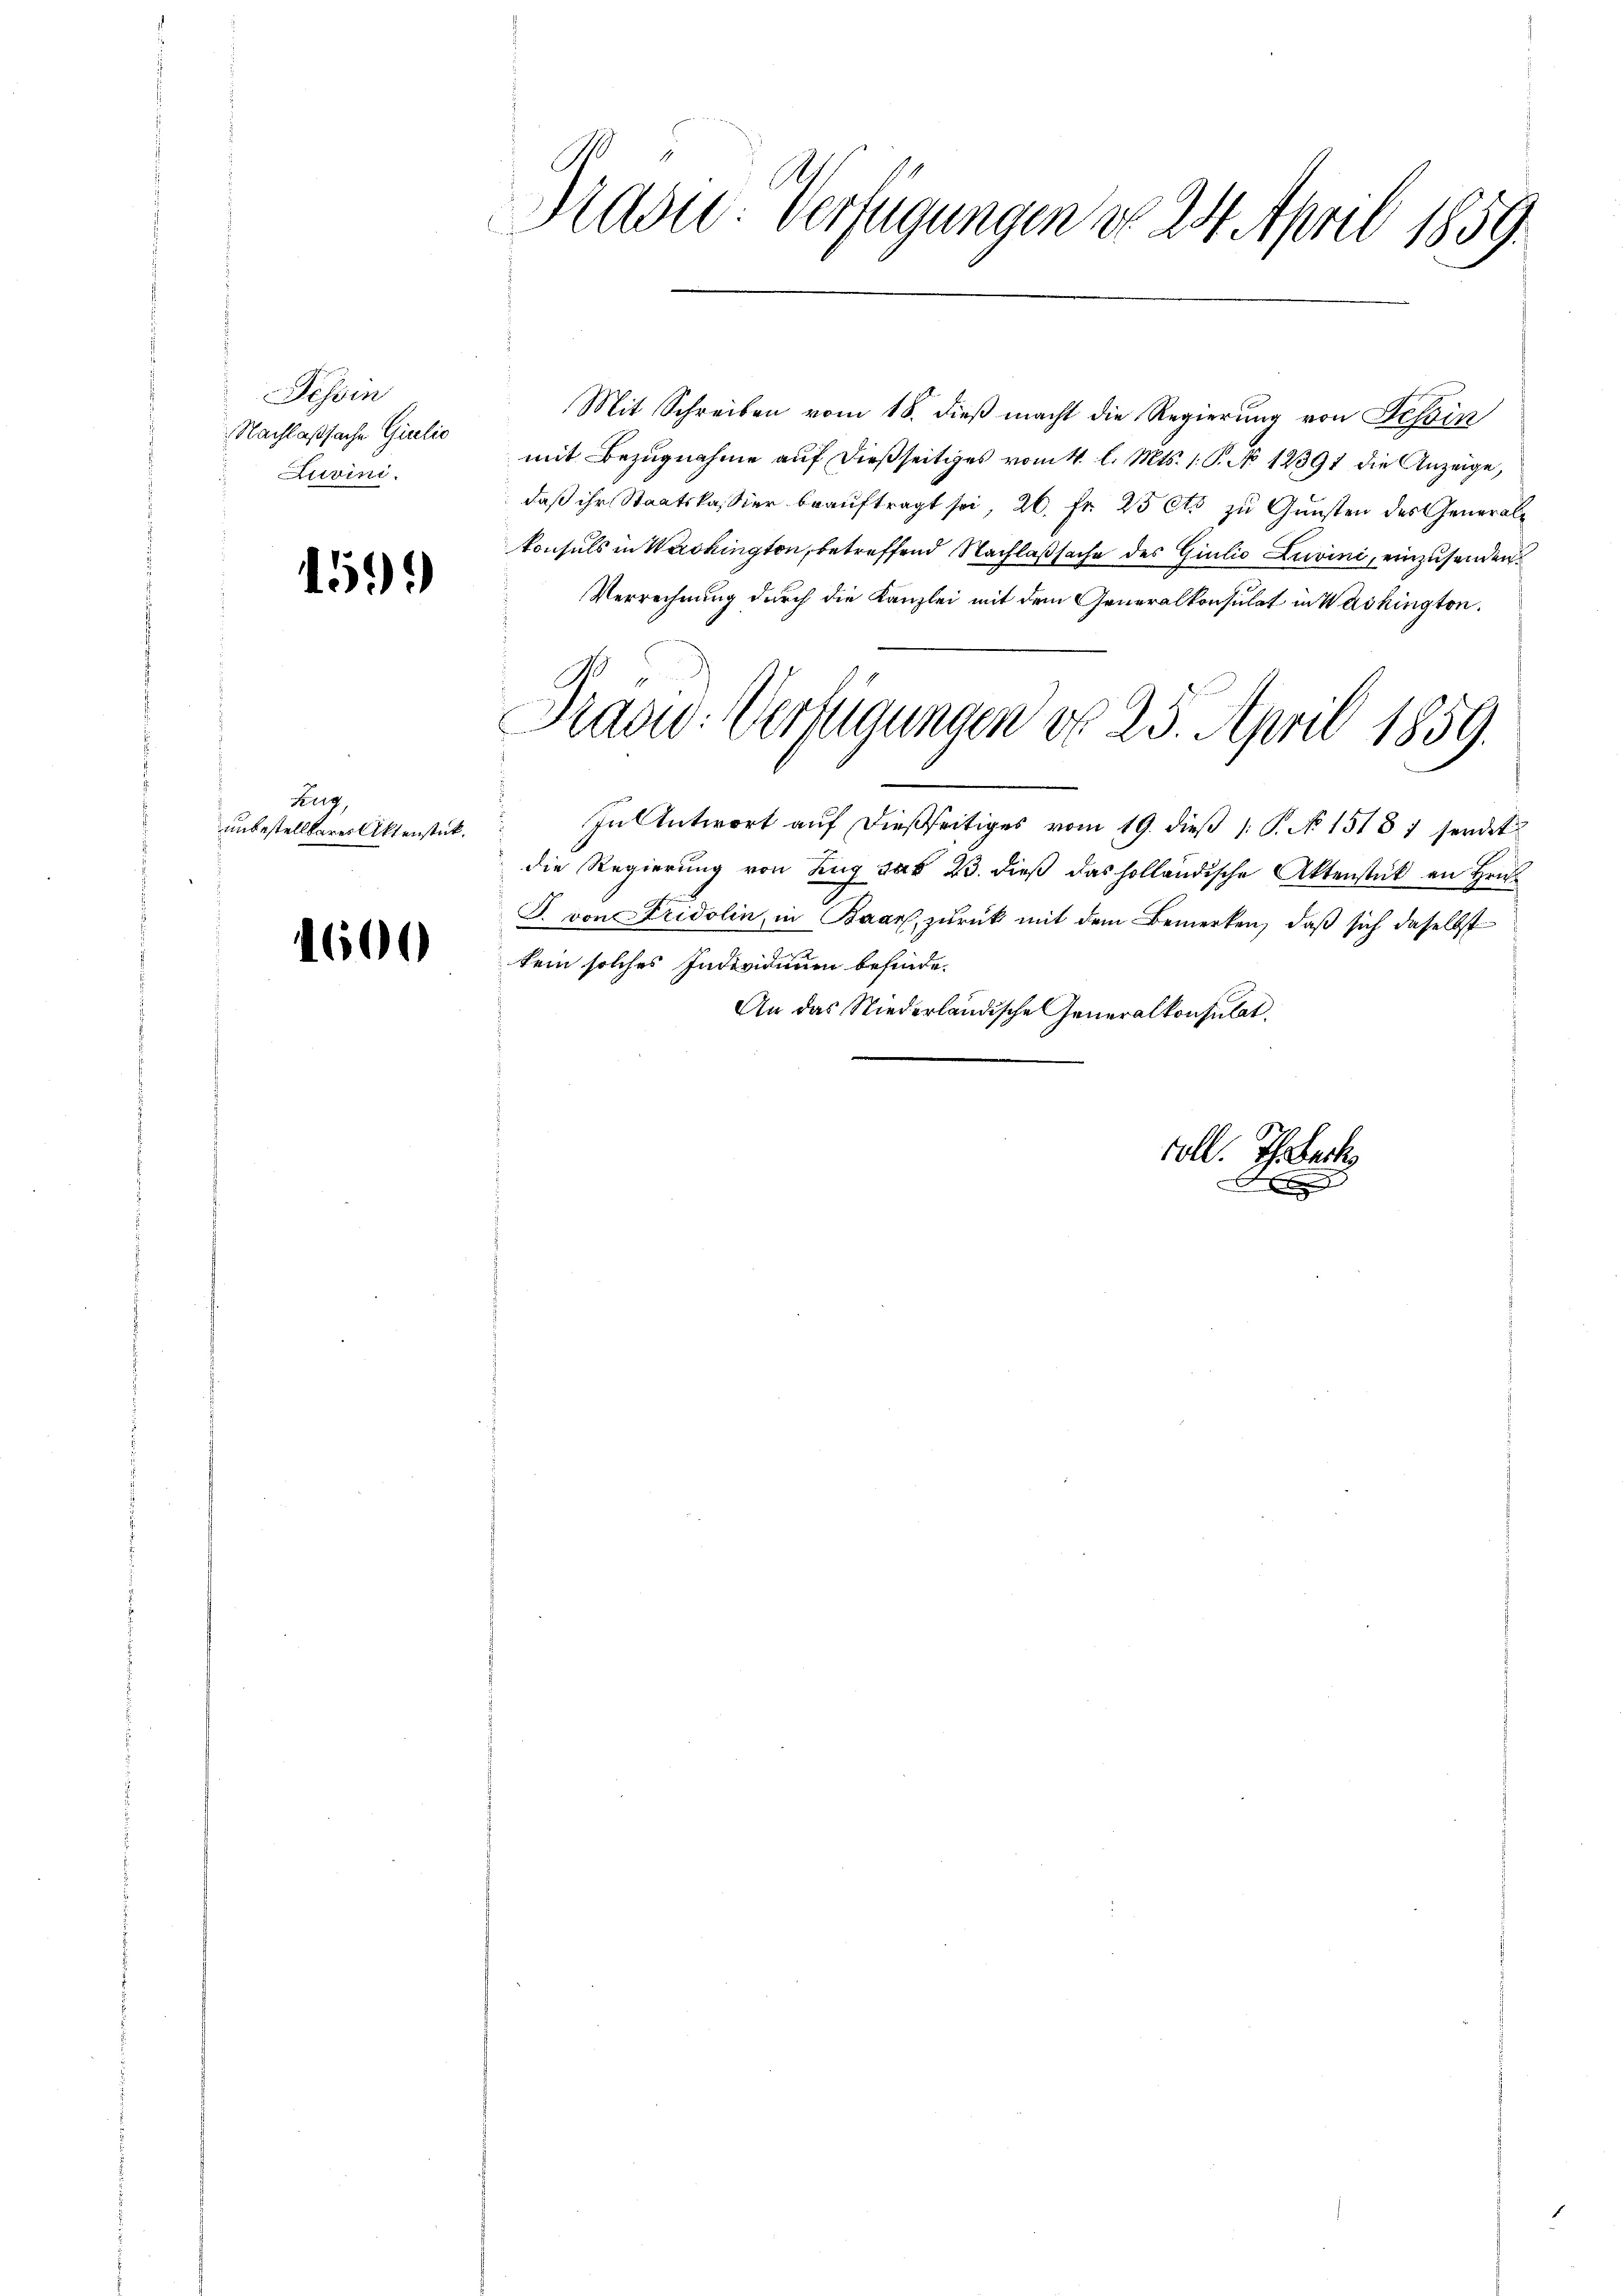
Tessin
Nachlaßsache Girelic
Luvini.

159.

Beg
unbestellbares Aktenstück.

1600

s
Mad: Verfügungen do 24. April 1859.

Mit Schreiben vom 18. dieß macht die Regierung von Tessin
mit Bezugnahme auf dießseitiges vom 4. l. Mts. 1. P. No 12391 die Anzeige,
daß ihr Staatskassier beauftragt sei, 26. Fr. 25 Cts zu Gunsten des Generalkonsuls in Washington, betreffend Nachlaßsache des Giulio Luvini, einzusenden.
Verrechnung durch die Kanzlei mit dem Generalkonsulat in Washington.
 In Antwort auf dießseitiges vom 19. dieß (: P. No 1518 1 sendet
die Regierung von Zŭg das 23. dieβ das holländische Aktenstück an Hrn
J. von Fridolin, in Baar, zurück mit dem Bemerken, daß sich daselbst
kein solches Individuum befinde.
An das Niederländische Generalkonsulat.
voll. Th. Back
f

Pradw. Verfügungen ddo 25. April 1859.